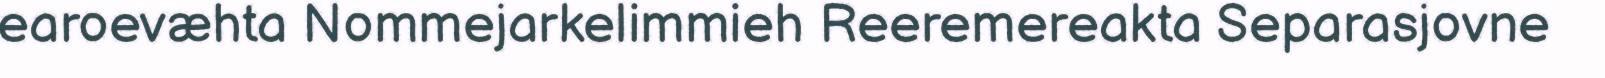
earoevæhta Nommejarkelimmieh Reeremereakta Separasjovne